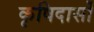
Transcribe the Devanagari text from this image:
कृषिदासों